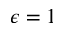
\epsilon = 1